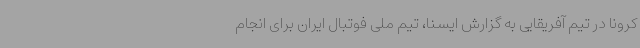
کرونا در تیم آفریقایی به گزارش ایسنا، تیم ملی فوتبال ایران برای انجام